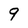
Character: 9